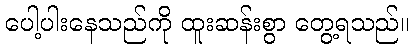
ပေါ့ပါးနေသည်ကို ထူးဆန်းစွာ တွေ့ရသည်။